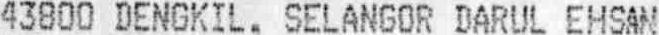
43800 DENGKIL, SELANGOR DARUL EHSAN